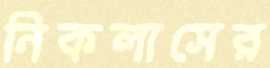
নিকলাসের